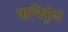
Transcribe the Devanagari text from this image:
ऋषिकुंड